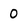
Character: 0